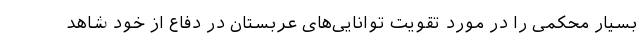
بسیار محکمی را در مورد تقویت توانایی‌های عربستان در دفاع از خود شاهد